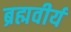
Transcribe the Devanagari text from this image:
ब्रह्मवीर्य